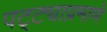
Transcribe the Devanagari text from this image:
पट्ट्याप्रमाणे